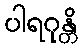
ပါရဂုန္တိ